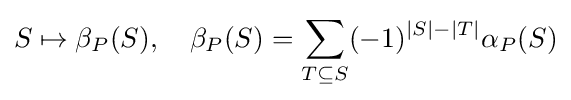
S\mapsto \beta _{P}(S),\quad \beta _{P}(S)=\sum _{T\subseteq S}(-1)^{|S|-|T|}\alpha _{P}(S)